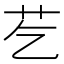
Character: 䒗